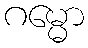
ဂမ္မော